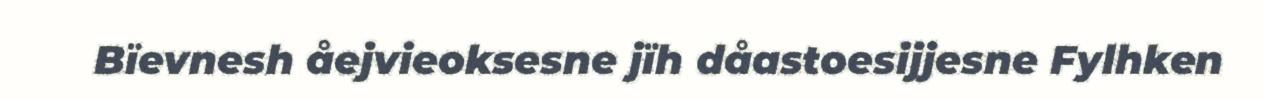
Bïevnesh åejvieoksesne jïh dåastoesijjesne Fylhken